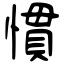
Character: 慣